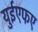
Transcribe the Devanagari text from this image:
युईएफए